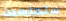
ستجلسين